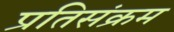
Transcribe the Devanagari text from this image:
प्रतिसंक्रम